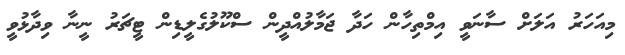
މިއަހަރު އަލަށް ސާނަވީ އިމްތިހާން ހަދާ ޖަމާލުއްދީން ސްކޫލުގެލީޑިން ޓީޗަރު ނީނާ ވިދާޅުވީ